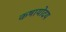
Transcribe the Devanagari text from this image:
कषायोदय